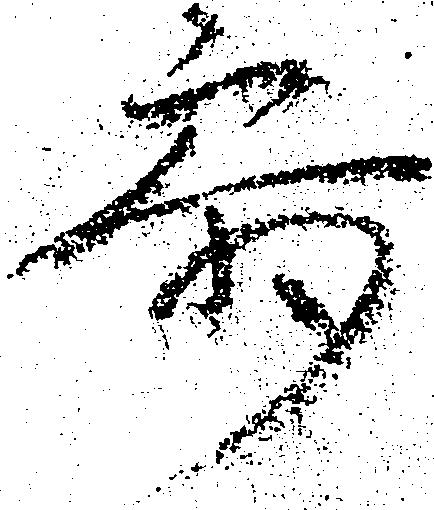
参